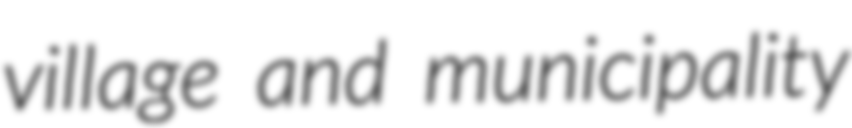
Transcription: village and municipality